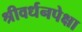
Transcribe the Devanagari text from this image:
श्रीवर्धनपेक्षा